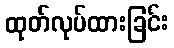
ထုတ်လုပ်ထားခြင်း